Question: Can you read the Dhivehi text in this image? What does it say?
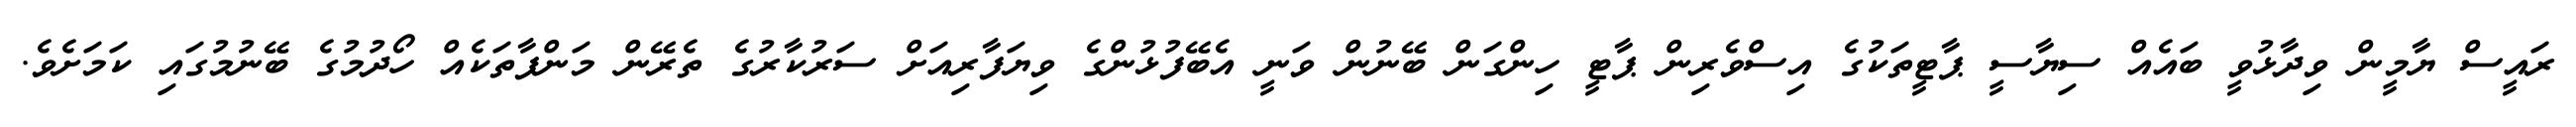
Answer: ރައީސް ޔާމީން ވިދާޅުވީ ބައެއް ސިޔާސީ ޕާޓީތަކުގެ އިސްވެރިން ޕާޓީ ހިންގަން ބޭނުން ވަނީ އެބޭފުޅުންގެ ވިޔަފާރިއަށް ސަރުކާރުގެ ތެރޭން މަންފާތަކެއް ހޯދުމުގެ ބޭނުމުގައި ކަމަށެވެ.